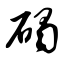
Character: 碣